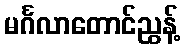
မင်္ဂလာတောင်ညွန့်